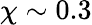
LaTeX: \chi\sim 0.3